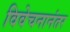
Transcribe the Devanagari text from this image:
विवेचनानंतर